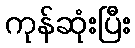
ကုန်ဆုံးပြီး